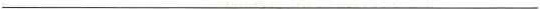
___